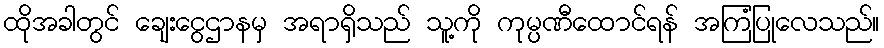
ထိုအခါတွင် ချေးငွေဌာနမှ အရာရှိသည် သူ့ကို ကုမ္ပဏီထောင်ရန် အကြံပြုလေသည်။